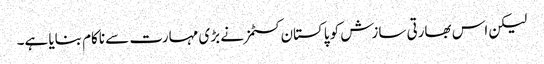
لیکن اس بھارتی سازش کو پاکستان کسٹمز نے بڑی مہارت سے ناکام بنایا ہے۔